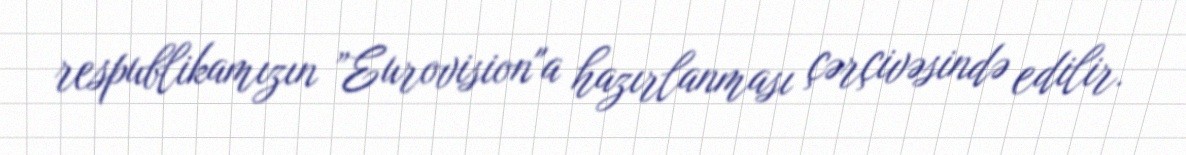
respublikamızın ”Eurovision"a hazırlanması çərçivəsində edilir.